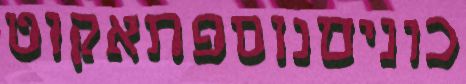
כוניםנוספתאקוט